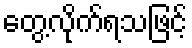
တွေ့လိုက်ရသဖြင့်